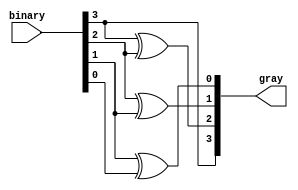
module binary_gray(input [3:0]binary, output [3:0] gray);

assign gray[3]=binary[3];
assign gray[2]=binary[3]^binary[2];
assign gray[1]=binary[2]^binary[1];
assign gray[0]=binary[1]^binary[0];
endmodule

module binary_gray_tb;

reg[3:0]  binary;
wire [3:0] gray;

binary_gray uut(binary,gray);

initial 
begin 

binary=4'b0011; #10
binary=4'b0001; #10
binary=4'b0111; #10
binary=4'b1011; #10
binary=4'b1010; 

end 
endmodule